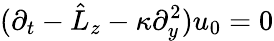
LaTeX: (\partial_{t}-\hat{L}_{z}-\kappa\partial_{y}^{2})u_{0}=0